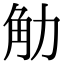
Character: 觔